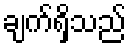
ချက်ရှိသည်